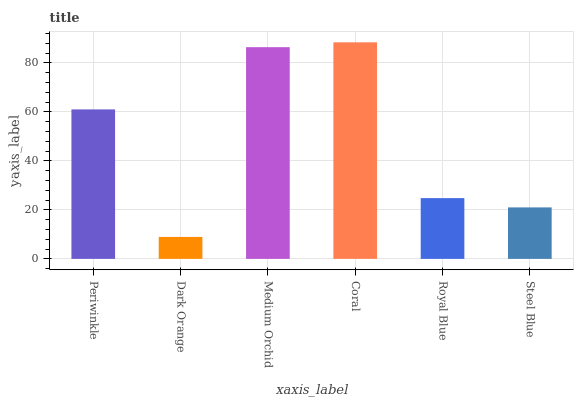
| xaxis_label | bars |
 | --- | --- |
 | Periwinkle | 61 |
 | Dark Orange | 8.96 |
 | Medium Orchid | 86.4 |
 | Coral | 88.4 |
 | Royal Blue | 24.8 |
 | Steel Blue | 21 |